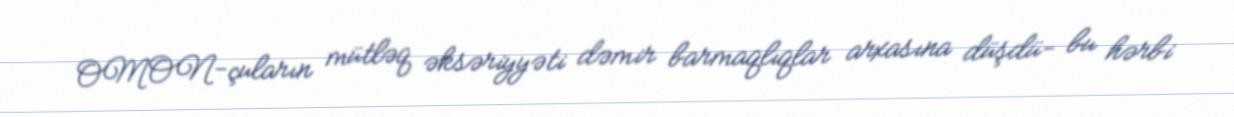
OMON-çuların mütləq əksəriyyəti dəmir barmaqlıqlar arxasına düşdü- bu hərbi